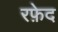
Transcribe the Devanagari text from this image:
रफ़ेद